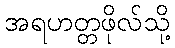
အရဟတ္တဖိုလ်သို့